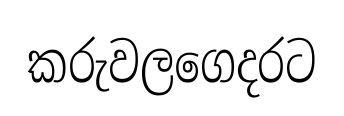
කරුවලගෙදරට